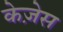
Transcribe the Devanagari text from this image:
केज़ेस